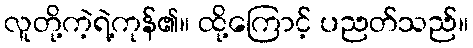
လူတို့ကဲ့ရဲ့ကုန်၏။ ထို့ကြောင့် ပညတ်သည်။